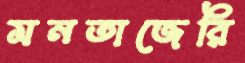
মনতাজেরি